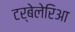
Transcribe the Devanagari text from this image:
टर्बेलेरिआ